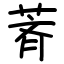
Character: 萕